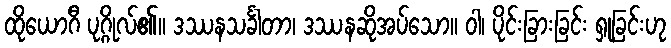
ထိုယောဂီ ပုဂ္ဂိုလ်၏။ ဒဿနသင်္ခါတာ၊ ဒဿနဆိုအပ်သော။ ဝါ၊ ပိုင်းခြားခြင်း ရှုခြင်းဟု